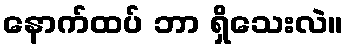
နောက်ထပ် ဘာ ရှိသေးလဲ။